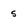
Character: 5